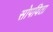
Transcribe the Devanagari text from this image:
सोपविता